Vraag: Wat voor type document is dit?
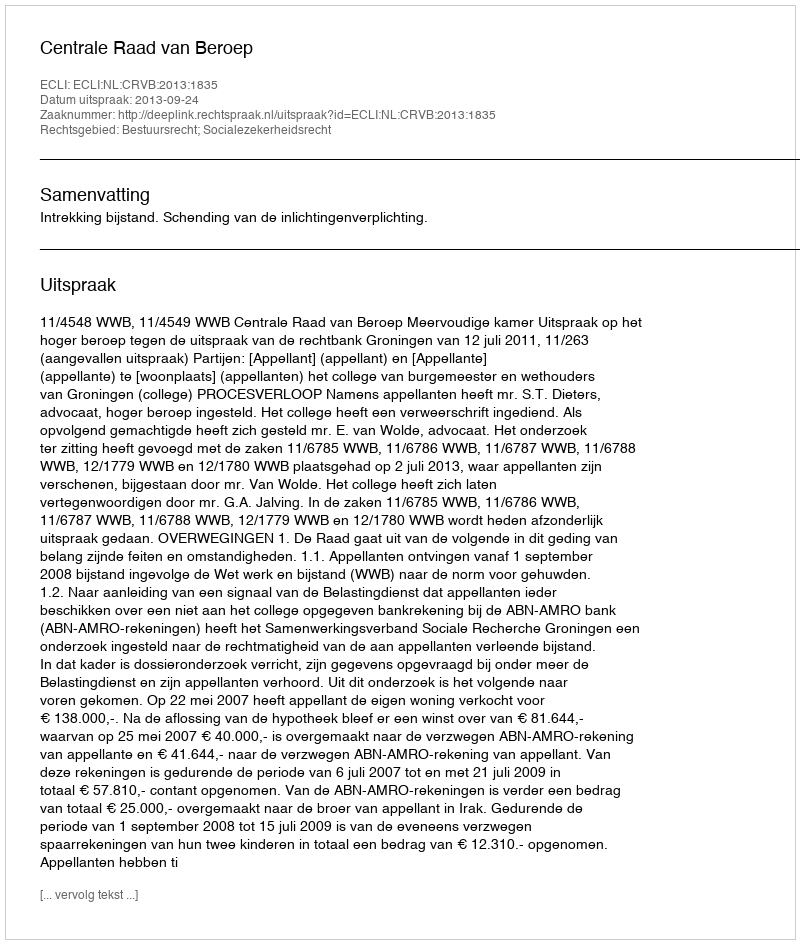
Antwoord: Uitspraak